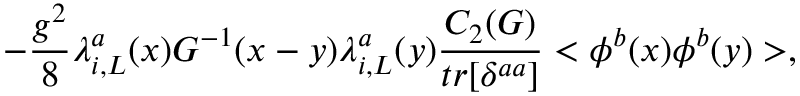
- \frac { g ^ { 2 } } { 8 } \lambda _ { i , L } ^ { a } ( x ) G ^ { - 1 } ( x - y ) \lambda _ { i , L } ^ { a } ( y ) \frac { C _ { 2 } ( G ) } { t r [ \delta ^ { a a } ] } < \phi ^ { b } ( x ) \phi ^ { b } ( y ) > ,